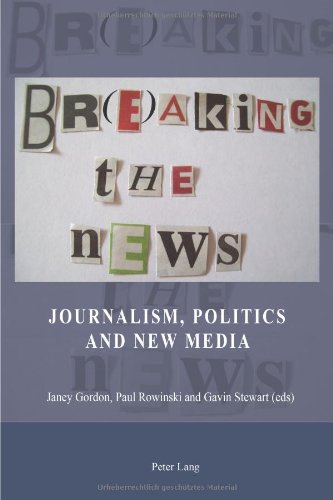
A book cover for Br(e)aking the News: Journalism, Politics and New Media; Computers & Technology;